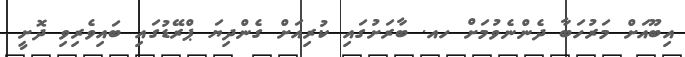
އިބޫއަށް މަރުހަބާ ދެންނެވުމަށް ހއ. ބާރަށުގައި ކުރިއަށް ގެންދިޔަ ޕްރޭޑުގައި ބައިވެރިވި ދޮށީ